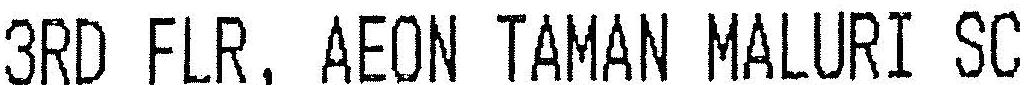
3RD FLR, AEON TAMAN MALURI SC